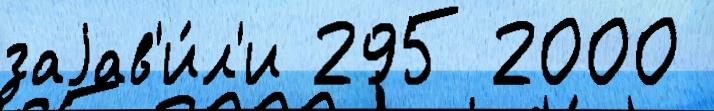
заjав'и́л'и 295 2000